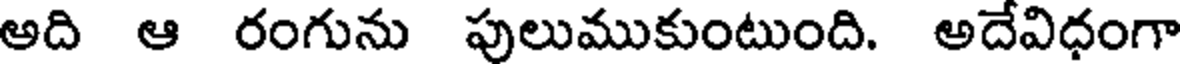
అది ఆ రంగును పులుముకుంటుంది. అదేవిధంగా